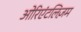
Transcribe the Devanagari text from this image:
ओरिएंटलिज़म